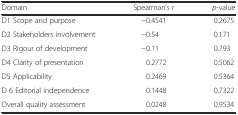
<table><thead><tr><td><b>Domain</b></td><td><b>Spearman’s r</b></td><td><b><i>p</i>-value</b></td></tr></thead><tbody><tr><td>D1 Scope and purpose</td><td>−0.4541</td><td>0.2675</td></tr><tr><td>D2 Stakeholders involvement</td><td>−0.54</td><td>0.171</td></tr><tr><td>D3 Rigour of development</td><td>−0.11</td><td>0.793</td></tr><tr><td>D4 Clarity of presentation</td><td>0.2772</td><td>0.5062</td></tr><tr><td>D5 Applicability</td><td>0.2469</td><td>0.5364</td></tr><tr><td>D 6 Editorial independence</td><td>0.1448</td><td>0.7322</td></tr><tr><td>Overall quality assessment</td><td>0.0248</td><td>0.9534</td></tr></tbody></table>